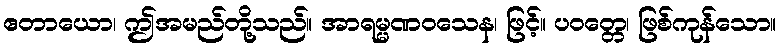
ဧတာယော၊ ဤအမည်တို့သည်။ အာရမ္မဏဝသေန၊ ဖြင့်။ ပဝတ္တေ၊ ဖြစ်ကုန်သော။